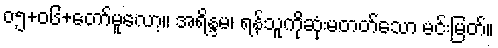
၀၅+၀၆+တော်မူလော့။ အရိန္ဒမ၊ ရန်သူကိုဆုံးမတတ်သော မင်းမြတ်။